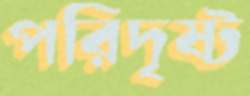
পরিদৃষ্ট